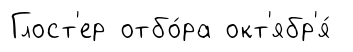
Глост'ер отбо́ра окт'ябр'я́